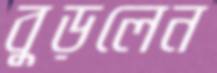
বুড়লেন